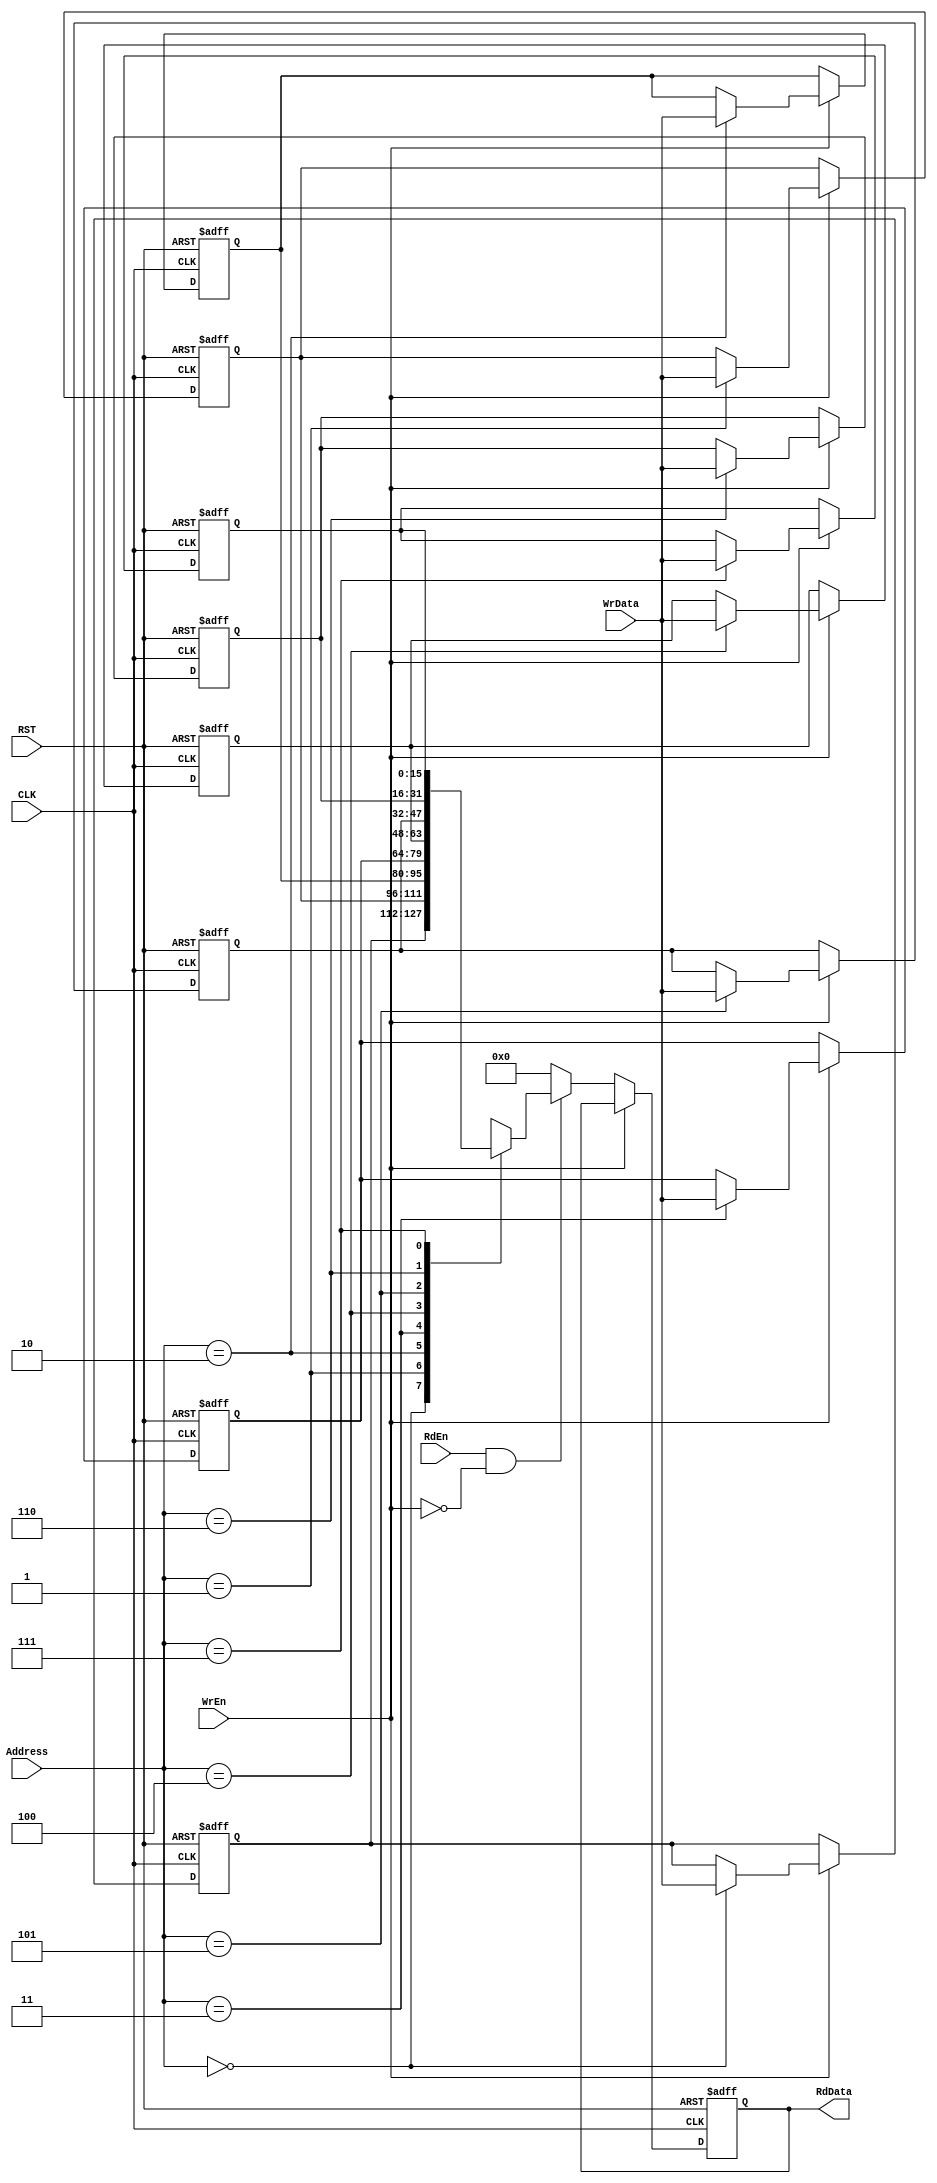
module Register_File_8x16(
  input wire WrEn,RdEn,
  input wire CLK,RST,
  input wire [15:0] WrData,
  input wire [2:0] Address,
  output reg [15:0] RdData
  );

//variable decleration
reg [15:0] memory [7:0];

always @(posedge CLK or negedge RST)
begin
  if(!RST)
    begin
      memory[0] <= 16'b0;
      memory[1] <= 16'b0;
      memory[2] <= 16'b0;
      memory[3] <= 16'b0;
      memory[4] <= 16'b0;
      memory[5] <= 16'b0;
      memory[6] <= 16'b0;
      memory[7] <= 16'b0;
      RdData <= 0;
    end
  else
    begin
      if(WrEn)
        begin
          memory[Address] <= WrData;
        end
      else if(RdEn && !WrEn)
        begin
          RdData <= memory[Address];
        end
      else
        begin
          RdData <= 0;
        end
      
    end
  
end
endmodule